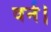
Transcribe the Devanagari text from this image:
वर्न।